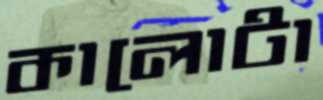
কালোটা